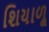
શિયાળૢ